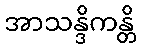
အာသန္ဒိကန္တိ